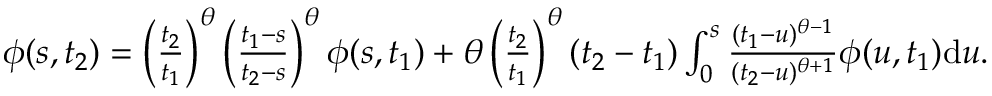
\begin{array} { r } { \phi ( s , t _ { 2 } ) = \left( \frac { t _ { 2 } } { t _ { 1 } } \right) ^ { \theta } \left( \frac { t _ { 1 } - s } { t _ { 2 } - s } \right) ^ { \theta } \phi ( s , t _ { 1 } ) + \theta \left( \frac { t _ { 2 } } { t _ { 1 } } \right) ^ { \theta } ( t _ { 2 } - t _ { 1 } ) \int _ { 0 } ^ { s } \frac { ( t _ { 1 } - u ) ^ { \theta - 1 } } { ( t _ { 2 } - u ) ^ { \theta + 1 } } \phi ( u , t _ { 1 } ) \mathrm { d } u . } \end{array}